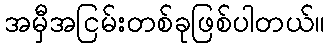
အမှီအငြမ်းတစ်ခုဖြစ်ပါတယ်။